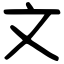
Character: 文